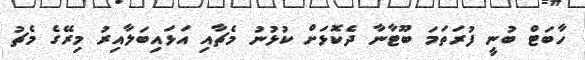
ހާބަޓް ބުނީ ފުރަތަމަ ބޫޓާނާ ދެކޮޅަށް ކުޅުނު މެޗާއި އަޅައިބަލާއިރު މިރޭގެ މެޗު